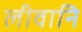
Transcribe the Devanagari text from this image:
लीवानि